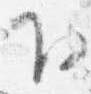
下